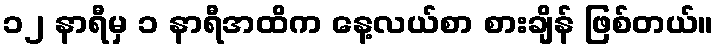
၁၂ နာရီမှ ၁ နာရီအထိက နေ့လယ်စာ စားချိန် ဖြစ်တယ်။